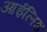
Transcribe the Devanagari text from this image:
आईलिड